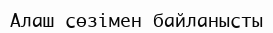
Алаш сөзімен байланысты